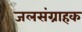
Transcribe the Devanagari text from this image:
जलसंग्राहक